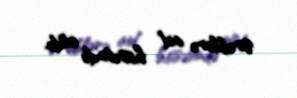
Ərəblərə aid hissəsində oldu.